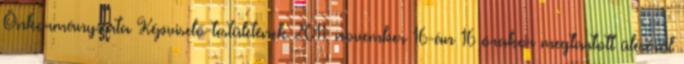
Önkormányzata Képviselő-testületének 2011. november 16-án 16 órakor megtartott üléséről